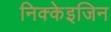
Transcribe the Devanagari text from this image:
निक्केइजिन